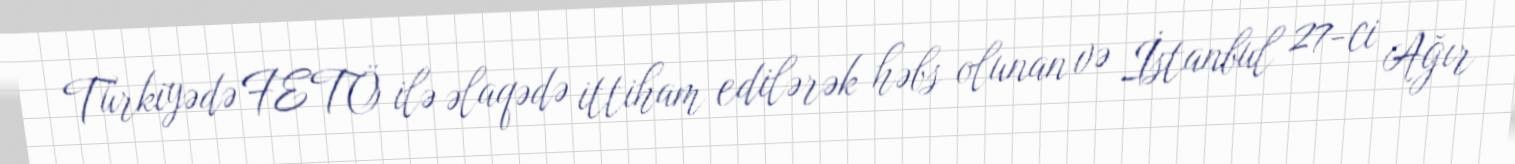
Türkiyədə FETÖ ilə əlaqədə ittiham edilərək həbs olunan və İstanbul 27-ci Ağır